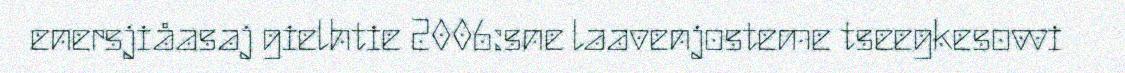
enersjiåasaj gielhtie 2006:sne laavenjosteme tseegkesovvi